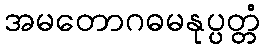
အမတောဂဓမနုပ္ပတ္တံ